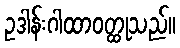
ဥဒါန်းဂါထာဝတ္ထုသည်။